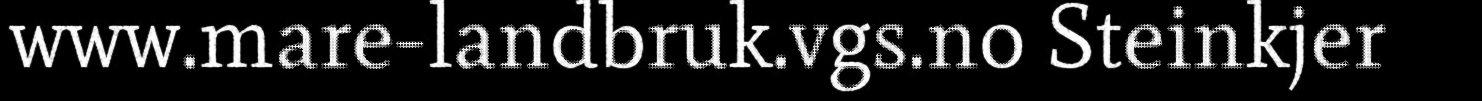
www.mare-landbruk.vgs.no Steinkjer